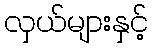
လှယ်များနှင့်